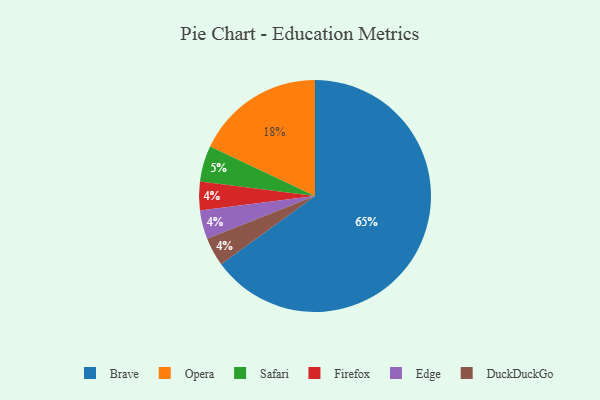
{"axis": {"x": "Category", "y": "Percentage"}, "legend": ["Brave", "DuckDuckGo", "Edge", "Firefox", "Opera", "Safari"], "data": [{"x": "Firefox", "y": 4, "type": "Firefox"}, {"x": "Edge", "y": 4, "type": "Edge"}, {"x": "Opera", "y": 18, "type": "Opera"}, {"x": "DuckDuckGo", "y": 4, "type": "DuckDuckGo"}, {"x": "Safari", "y": 5, "type": "Safari"}, {"x": "Brave", "y": 65, "type": "Brave"}]}